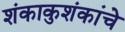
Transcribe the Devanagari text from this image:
शंकाकुशंकांचे